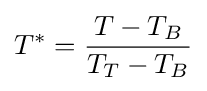
T^{*}={\frac {T-T_{B}}{T_{T}-T_{B}}}